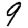
Digit: 9